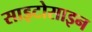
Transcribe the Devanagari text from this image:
साइटोसाइन